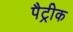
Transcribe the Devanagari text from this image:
पैट्रीक